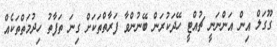
ގޫގަލް އިން އަންނަނީ ޗުއްޓީ ހޭދަކުރަން ބޭނުންވާ ފަރާތްތަކަށް ގިނަ ތަފާތު ހިދުމަތްތަކެއް